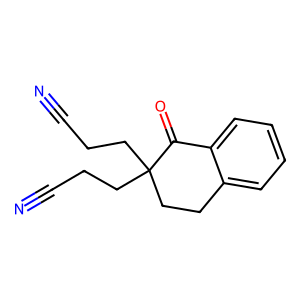
SMILES: N#CCCC1(CCC#N)CCc2ccccc2C1=O
Inhibits HIV replication: No